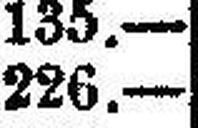
226.—